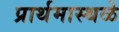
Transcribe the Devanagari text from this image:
प्रार्थमास्थळे